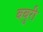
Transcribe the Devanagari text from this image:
बबुरी